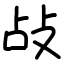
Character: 敁